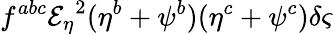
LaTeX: f^{abc}{{\mathcal{E}_{\eta}}}^{2}(\eta^{b}+\psi^{b})(\eta^{c}+\psi^{c})\delta\varsigma